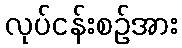
လုပ်ငန်းစဉ်အား